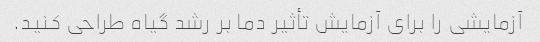
آزمایشی را برای آزمایش تأثیر دما بر رشد گیاه طراحی کنید.